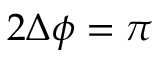
2 \Delta \phi = \pi